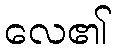
လေ၏